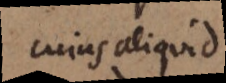
cuius aliquid